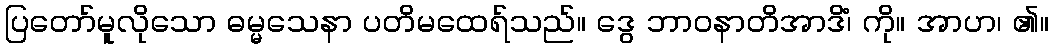
ပြတော်မူလိုသော ဓမ္မသေနာ ပတိမထေရ်သည်။ ဒွေ ဘာဝနာတိအာဒိံ၊ ကို။ အာဟ၊ ၏။